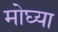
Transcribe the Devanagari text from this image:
मोघ्या